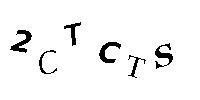
2CTCTS